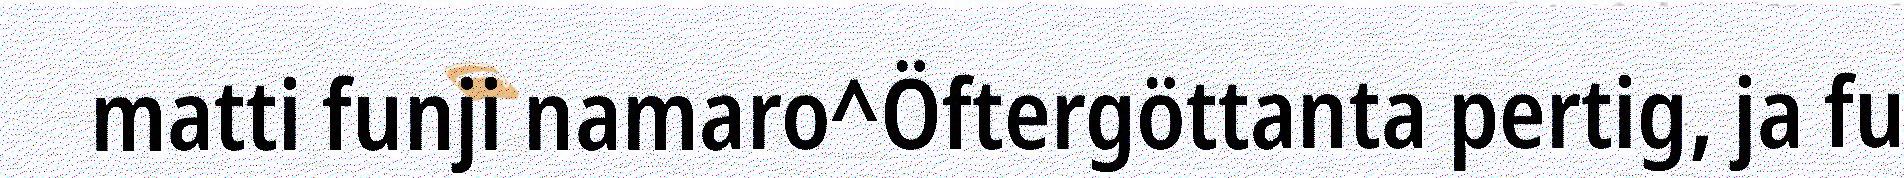
matti funji namaro^Öftergöttanta pertig, ja fu